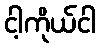
ငါ့ကိုယ်ငါ